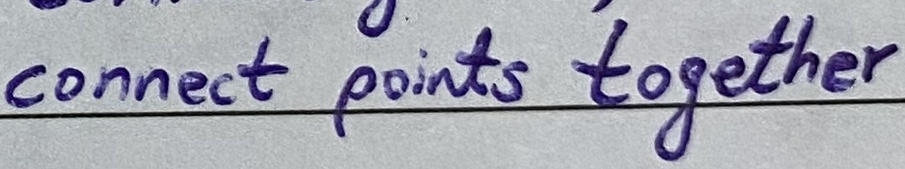
Text: connect points together